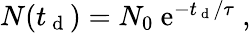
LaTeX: \begin{array}{r}{N(t_{\mathrm{~d~}})=N_{0}~\mathrm{e}^{-t_{\mathrm{~d~}}/\tau}~,}\end{array}